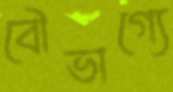
বৌভাগ্যে